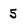
Character: 5